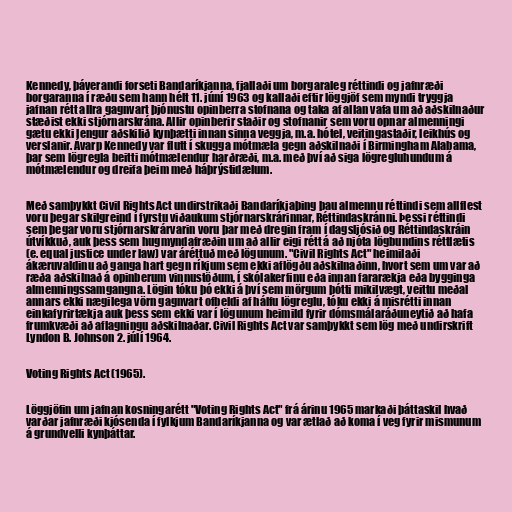
Kennedy, þáverandi forseti Bandaríkjanna, fjallaði um borgaraleg réttindi og jafnræði
borgaranna í ræðu sem hann hélt 11. júní 1963 og kallaði eftir löggjöf sem myndi tryggja
jafnan rétt allra gagnvart þjónustu opinberra stofnana og taka af allan vafa um að aðskilnaður
stæðist ekki stjórnarskrána. Allir opinberir staðir og stofnanir sem voru opnar almenningi
gætu ekki lengur aðskilið kynþætti innan sinna veggja, m.a. hótel, veitingastaðir, leikhús og
verslanir. Ávarp Kennedy var flutt í skugga mótmæla gegn aðskilnaði í Birmingham Alabama,
þar sem lögregla beitti mótmælendur harðræði, m.a. með því að siga lögregluhundum á
mótmælendur og dreifa þeim með háþrýstidælum.

Með samþykkt Civil Rights Act undirstrikaði Bandaríkjaþing þau almennu réttindi sem allflest
voru þegar skilgreind í fyrstu viðaukum stjórnarskrárinnar, Réttindaskránni. Þessi réttindi
sem þegar voru stjórnarskrárvarin voru þar með dregin fram í dagsljósið og Réttindaskráin
útvíkkuð, auk þess sem hugmyndafræðin um að allir eigi rétt á að njóta lögbundins réttlætis
(e. equal justice under law) var áréttuð með lögunum. "Civil Rights Act" heimilaði
ákæruvaldinu að ganga hart gegn ríkjum sem ekki aflögðu aðskilnaðinn, hvort sem um var að
ræða aðskilnað á opinberum vinnustöðum, í skólakerfinu eða innan fararækja eða bygginga
almenningssamgangna. Lögin tóku þó ekki á því sem mörgum þótti mikilvægt, veittu meðal
annars ekki nægilega vörn gagnvart ofbeldi af hálfu lögreglu, tóku ekki á misrétti innan
einkafyrirtækja auk þess sem ekki var í lögunum heimild fyrir dómsmálaráðuneytið að hafa
frumkvæði að aflagningu aðskilnaðar. Civil Rights Act var samþykkt sem lög með undirskrift
Lyndon B. Johnson 2. júlí 1964.

Voting Rights Act (1965).

Löggjöfin um jafnan kosningarétt "Voting Rights Act" frá árinu 1965 markaði þáttaskil hvað
varðar jafnræði kjósenda í fylkjum Bandaríkjanna og var ætlað að koma í veg fyrir mismunum
á grundvelli kynþáttar.